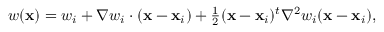
\begin{array} { r } { w ( { \bf x } ) = w _ { i } + { \nabla } w _ { i } \cdot ( { \bf x } - { \bf x } _ { i } ) + \frac { 1 } { 2 } ( { \bf x } - { \bf x } _ { i } ) ^ { t } { \nabla } ^ { 2 } w _ { i } ( { \bf x } - { \bf x } _ { i } ) , } \end{array}